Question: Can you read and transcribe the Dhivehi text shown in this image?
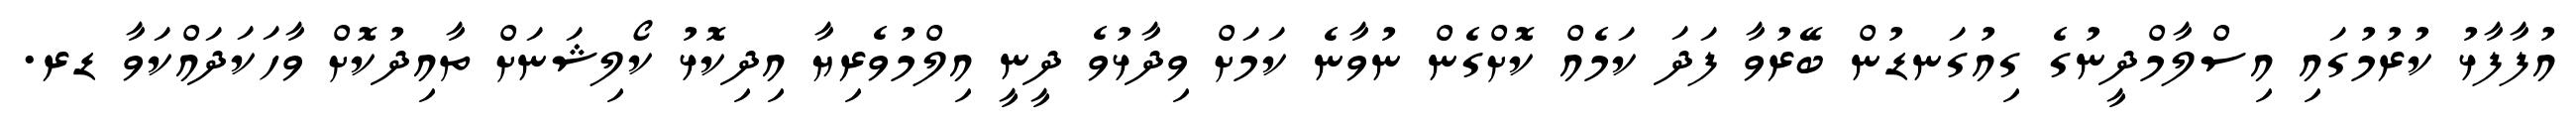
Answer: އުފާފާޅު ކުރުމުގައި އިސްލާމްދީނުގެ ގިއުގަނޑުން ބޭރުވާ ފަދަ ކަމެއް ކޮށްގެން ނުވާނެ ކަމަށް ވިދާޅުވެ ދީނީ އިލްމުވެރިޔާ އިދިކޮޅު ކޯލިޝަނަށް ތާއިދުކޮށް ވާހަކަދައްކަވާ ޑރ.